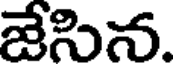
జేసిన.